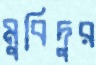
মুবিদুর